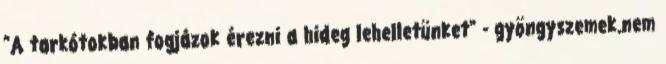
"A tarkótokban fogjázok érezni a hideg lehelletünket" - gyöngyszemek.nem